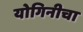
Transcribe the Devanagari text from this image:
योगिनीचा